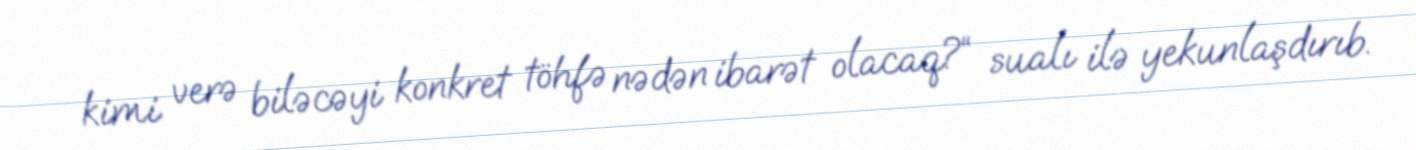
kimi verə biləcəyi konkret töhfə nədən ibarət olacaq?“ sualı ilə yekunlaşdırıb.